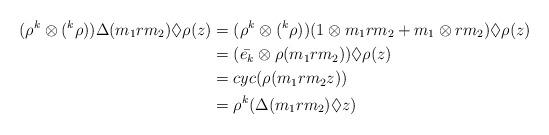
LaTeX: \begin{align*}(\rho^{k} \otimes (^{k}\rho))\Delta(m_{1}rm_{2}) \Diamond \rho(z) &= (\rho^{k} \otimes (^{k}\rho))(1 \otimes m_{1}rm_{2}+m_{1} \otimes rm_{2}) \Diamond \rho(z) \\&=(\bar{e_{k}} \otimes \rho(m_{1}rm_{2})) \Diamond \rho(z) \\&=cyc(\rho(m_{1}rm_{2}z)) \\&=\rho^{k}(\Delta(m_{1}rm_{2}) \Diamond z)\end{align*}